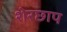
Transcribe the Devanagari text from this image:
शेरछाप